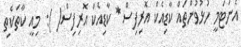
އެނަޓަމީ ހުޅުވުންތައް ކާޑިއެކް އޮރިފިސް * ކާޑިއެކް އޮރިފިސް( ): މިއީ ކާތަކެތި